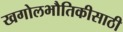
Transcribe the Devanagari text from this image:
खगोलभौतिकीसाठी